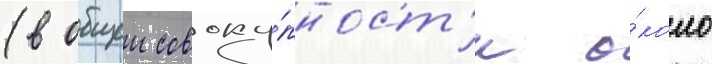
(в общеи совоку́пност'и о́коло